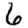
Digit: 6